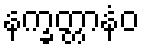
နက္ခတ္တာနံဝ